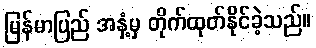
မြန်မာပြည် အနှံ့မှ တိုက်ထုတ်နိုင်ခဲ့သည်။